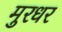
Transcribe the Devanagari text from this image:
मुरधर